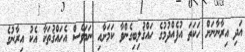
އަދި އިރާނާނަށް ހަކަތަ އުފެއްދުމުގެ ހައްޤުލިބިގެންވާ ކަމަށާއި ނަމަވެސް އެހައްޤުތަކާ އެކު އިރާނުގެ